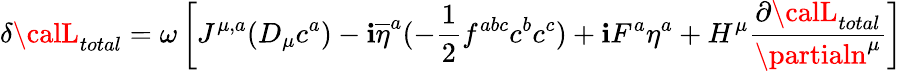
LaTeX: \delta{\calL}_{total}=\omega\left[J^{\mu,a}(D_{\mu}c^{a})-\mathbf{i}\overline{{{{\eta}}}}^{a}(-{\frac{{1}}{{2}}}f^{abc}c^{b}c^{c})+\mathbf{i}F^{a}\eta^{a}+H^{\mu}{\frac{{\partial{\calL}_{total}}}{{\partialn^{\mu}}}}\right]